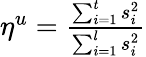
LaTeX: \begin{array}{r}{\eta^{u}=\frac{\sum_{i=1}^{t}s_{i}^{2}}{\sum_{i=1}^{l}s_{i}^{2}}}\end{array}